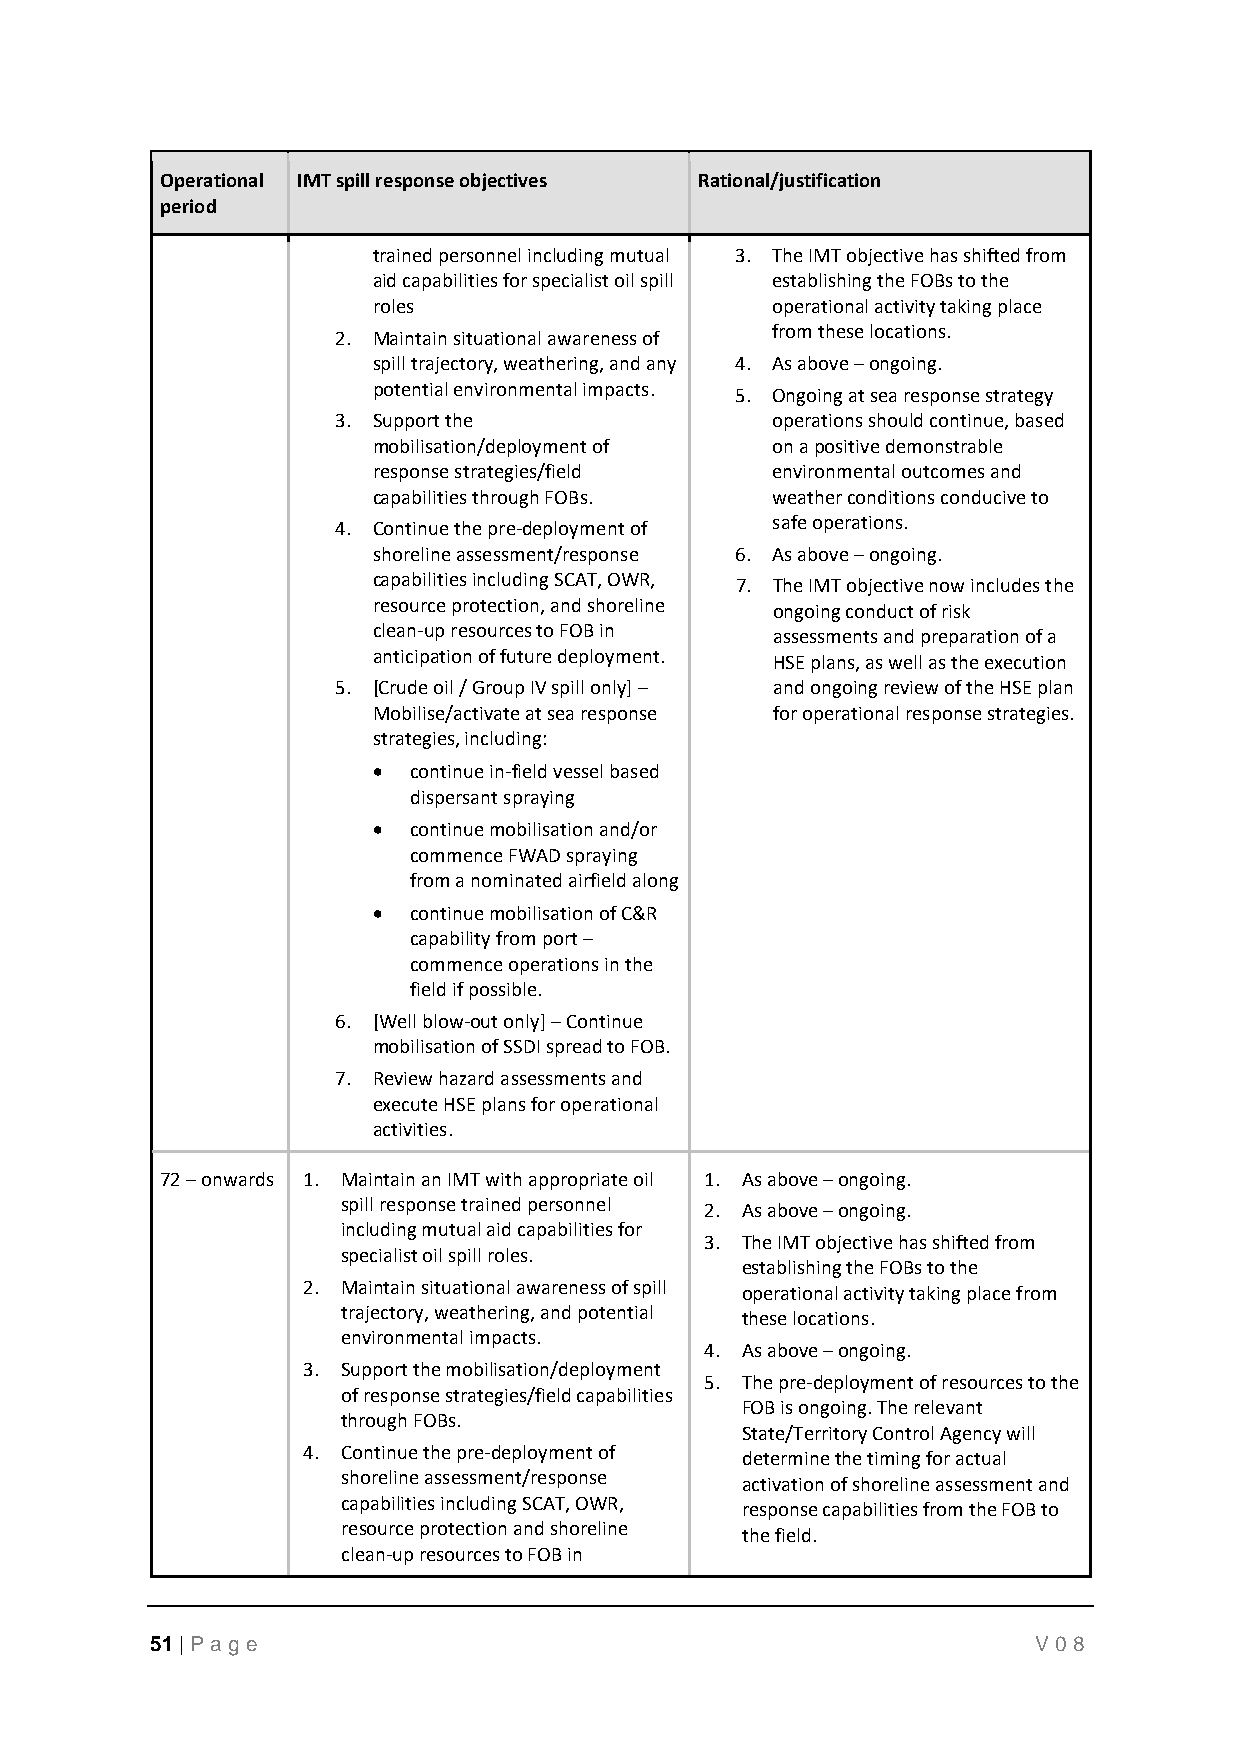
Operational IMT spill response objectives Rational/justification
 period
 trained personnel including mutual 3. The IMT objective has shifted from
 aid capabilities for specialist oil spill establishing the FOBs to the
 roles                     operational activity taking place
 2. Maintain situational awareness of from these locations.
 spill trajectory, weathering, and any 4. As above – ongoing.
 potential environmental impacts. 5. Ongoing at sea response strategy
 3. Support the               operations should continue, based
 mobilisation/deployment of on a positive demonstrable
 response strategies/field environmental outcomes and
 capabilities through FOBs. weather conditions conducive to
 4. Continue the pre-deployment of safe operations.
 shoreline assessment/response 6. As above – ongoing.
 capabilities including SCAT, OWR, 7. The IMT objective now includes the
 resource protection, and shoreline ongoing conduct of risk
 clean-up resources to FOB in assessments and preparation of a
 anticipation of future deployment. HSE plans, as well as the execution
 5. [Crude oil / Group IV spill only] – and ongoing review of the HSE plan
 Mobilise/activate at sea response for operational response strategies.
 strategies, including:
 • continue in-field vessel based
 dispersant spraying
 • continue mobilisation and/or
 commence FWAD spraying
 from a nominated airfield along
 • continue mobilisation of C&R
 capability from port –
 commence operations in the
 field if possible.
 6. [Well blow-out only] – Continue
 mobilisation of SSDI spread to FOB.
 7. Review hazard assessments and
 execute HSE plans for operational
 activities.
 72 – onwards 1. Maintain an IMT with appropriate oil 1. As above – ongoing.
 spill response trained personnel 2. As above – ongoing.
 including mutual aid capabilities for
 3. The IMT objective has shifted from
 specialist oil spill roles.
 establishing the FOBs to the
 2. Maintain situational awareness of spill operational activity taking place from
 trajectory, weathering, and potential
 these locations.
 environmental impacts.
 4. As above – ongoing.
 3. Support the mobilisation/deployment
 5. The pre-deployment of resources to the
 of response strategies/field capabilities
 FOB is ongoing. The relevant
 through FOBs.
 State/Territory Control Agency will
 4. Continue the pre-deployment of determine the timing for actual
 shoreline assessment/response activation of shoreline assessment and
 capabilities including SCAT, OWR, response capabilities from the FOB to
 resource protection and shoreline
 the field.
 clean-up resources to FOB in
 51 | P age                                                 V08